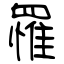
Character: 罹